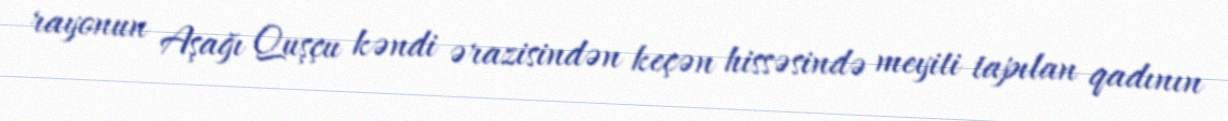
rayonun Aşağı Quşçu kəndi ərazisindən keçən hissəsində meyiti tapılan qadının